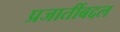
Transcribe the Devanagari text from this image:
प्रजातींबद्दल